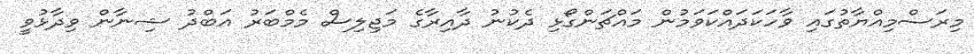
މިރަސްމިއްޔާތުގައި ވާހަކަދައްކަވަމުން މައްޗަންގޯޅި ދެކުނު ދާއިރާގެ މަޖިލިސް މެމްބަރު އަބްދު ޝިނާން ވިދާޅުވީ